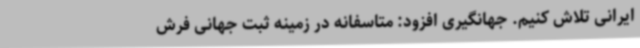
ایرانی تلاش کنیم. جهانگیری افزود: متاسفانه در زمینه ثبت جهانی فرش